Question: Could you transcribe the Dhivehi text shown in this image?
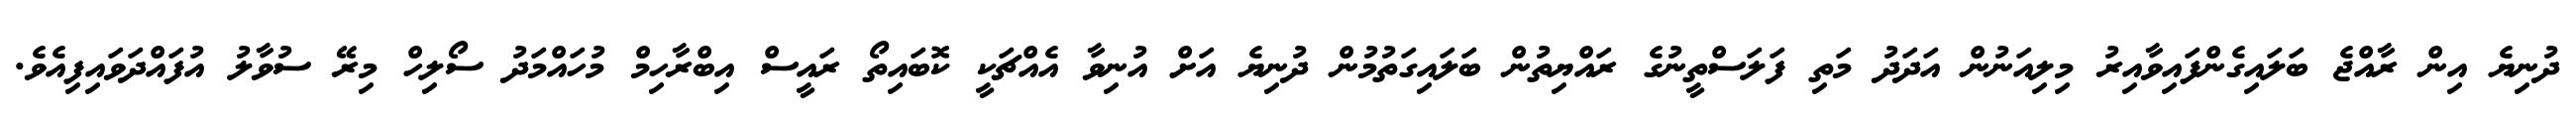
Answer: ދުނިޔެ އިން ރާއްޖެ ބަލައިގެންފައިވާއިރު މިލިއަނުން އަދަދު މަތި ފަލަސްތީނުގެ ރައްޔިތުން ބަލައިގަތުމުން ދުނިޔެ އަށް އުނިވާ އެއްޗަކީ ކޮބައިތޯ ރައީސް އިބްރާހިމް މުހައްމަދު ސޯލިހް މިރޭ ސުވާލު އުފައްދަވައިފިއެވެ.